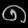
Digit: ၈